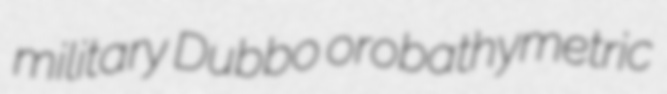
military Dubbo orobathymetric